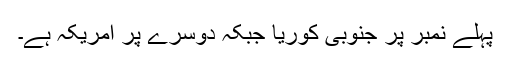
پہلے نمبر پر جنوبی کوریا جبکہ دوسرے پر امریکہ ہے۔